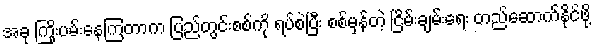
အခု ကြိုးပမ်းနေကြတာက ပြည်တွင်းစစ်ကို ရပ်စဲပြီး စစ်မှန်တဲ့ ငြိမ်းချမ်းရေး တည်ဆောက်နိုင်ဖို့